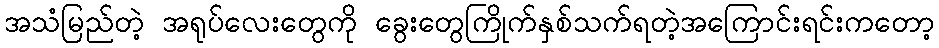
အသံမြည်တဲ့ အရုပ်လေးတွေကို ခွေးတွေကြိုက်နှစ်သက်ရတဲ့အကြောင်းရင်းကတော့